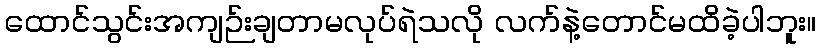
ထောင်သွင်းအကျဉ်းချတာမလုပ်ရဲသလို လက်နဲ့တောင်မထိခဲ့ပါဘူး။